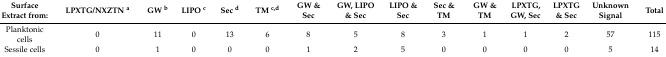
<table><thead><tr><td><b>Surface Extract from:</b></td><td><b>LPXTG/NXZTN <sup>a</sup></b></td><td><b>GW <sup>b</sup></b></td><td><b>LIPO <sup>c</sup></b></td><td><b>Sec <sup>d</sup></b></td><td><b>TM <sup>c,d</sup></b></td><td><b>GW &amp; Sec</b></td><td><b>GW, LIPO &amp; Sec</b></td><td><b>LIPO &amp; Sec</b></td><td><b>Sec &amp; TM</b></td><td><b>GW &amp; TM</b></td><td><b>LPXTG, GW, Sec</b></td><td><b>LPXTG &amp; Sec</b></td><td><b>Unknown Signal</b></td><td><b>Total</b></td></tr></thead><tbody><tr><td>Planktonic cells</td><td>0</td><td>11</td><td>0</td><td>13</td><td>6</td><td>8</td><td>5</td><td>8</td><td>3</td><td>1</td><td>1</td><td>2</td><td>57</td><td>115</td></tr><tr><td>Sessile cells</td><td>0</td><td>1</td><td>0</td><td>0</td><td>0</td><td>1</td><td>2</td><td>5</td><td>0</td><td>0</td><td>0</td><td>0</td><td>5</td><td>14</td></tr></tbody></table>